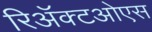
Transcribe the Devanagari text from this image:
रिॲक्टओएस